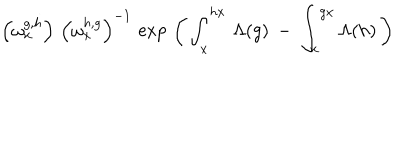
\left( \omega _ { x } ^ { g , h } \right) \, \left( \omega _ { x } ^ { h , g } \right) ^ { - 1 } \, \exp \, \left( \, \int _ { x } ^ { h x } \, \Lambda ( g ) \: - \: \int _ { x } ^ { g x } \Lambda ( h ) \, \right)